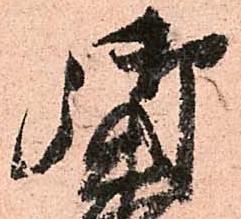
御